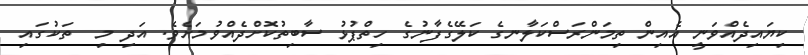
ކިޔައިދެއްވަނީ އެއިން ތިމަންރަސްކަލާނގެ ކަލޭގެފާނުގެ ހިތްޕުޅު ސާބިތުކޮށްދެއްވުމަށެވެ. އަދި މި  ތަކުގައި